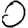
Digit: 0